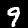
Digit: 9